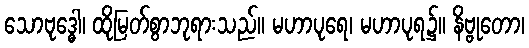
သောဗုဒ္ဓေါ၊ ထိုမြတ်စွာဘုရားသည်။ မဟာပုရေ၊ မဟာပုရ၌။ နိဗ္ဗုတော၊